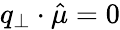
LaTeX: q_{\perp}\cdot\hat{\mu}=0